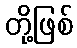
တို့ဖြစ်